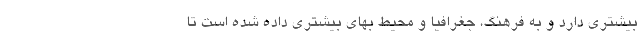
بیشتری دارد و به فرهنگ، جغرافیا و محیط بهای بیشتری داده شده است تا